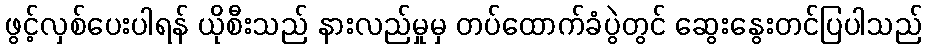
ဖွင့်လှစ်ပေးပါရန် ယိုစီးသည် နားလည်မှုမှ တပ်ထောက်ခံပွဲတွင် ဆွေးနွေးတင်ပြပါသည်